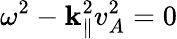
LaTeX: \omega^{2}-\mathbf{k}_{\| }^{2}v_{A}^{2}=0